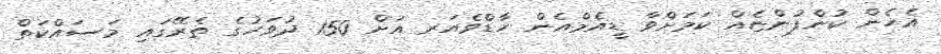
އެހެން ކުންފުންޏެއް ކަމަށްވާ ޑީއެމްއެން ހާޑްވެއަރ އަށް 150 ދުވަހުގެ ތެރޭގައި މަސައްކަތް